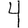
Digit: 4